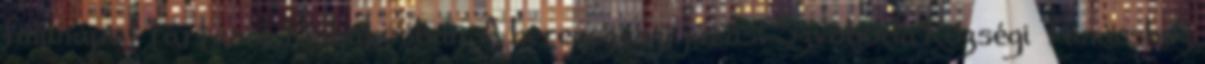
falunapot tartanak Kisbakosban. A beregszászi járási Szvoboda Községi Tanácshoz